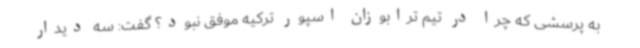
به پرسشی که چرا در تیم ترابوزان اسپور ترکیه موفق نبود؟ گفت: سه دیدار